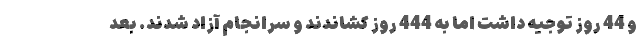
و 44 روز توجیه داشت اما به 444 روز کشاندند و سرانجام آزاد شدند. بعد